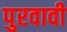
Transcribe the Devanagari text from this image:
पुरवावी